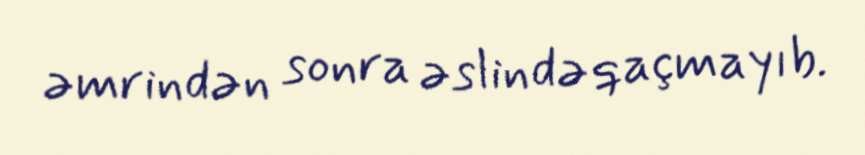
əmrindən sonra əslində qaçmayıb.